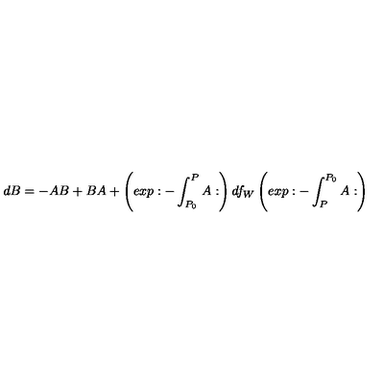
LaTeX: d B = - A B + B A + \left( e x p : - \int _ { P _ { 0 } } ^ { P } A : \right) d f _ { W } \left( e x p : - \int _ { P } ^ { P _ { 0 } } A : \right)